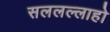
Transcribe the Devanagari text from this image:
सललल्लाहो